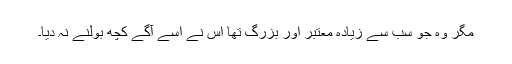
مگر وہ جو سب سے زیادہ معتبر اور بزرگ تھا اس نے اسے آگے کچھ بولنے نہ دیا۔